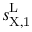
s _ { \mathrm { X , 1 } } ^ { \mathrm { L } }